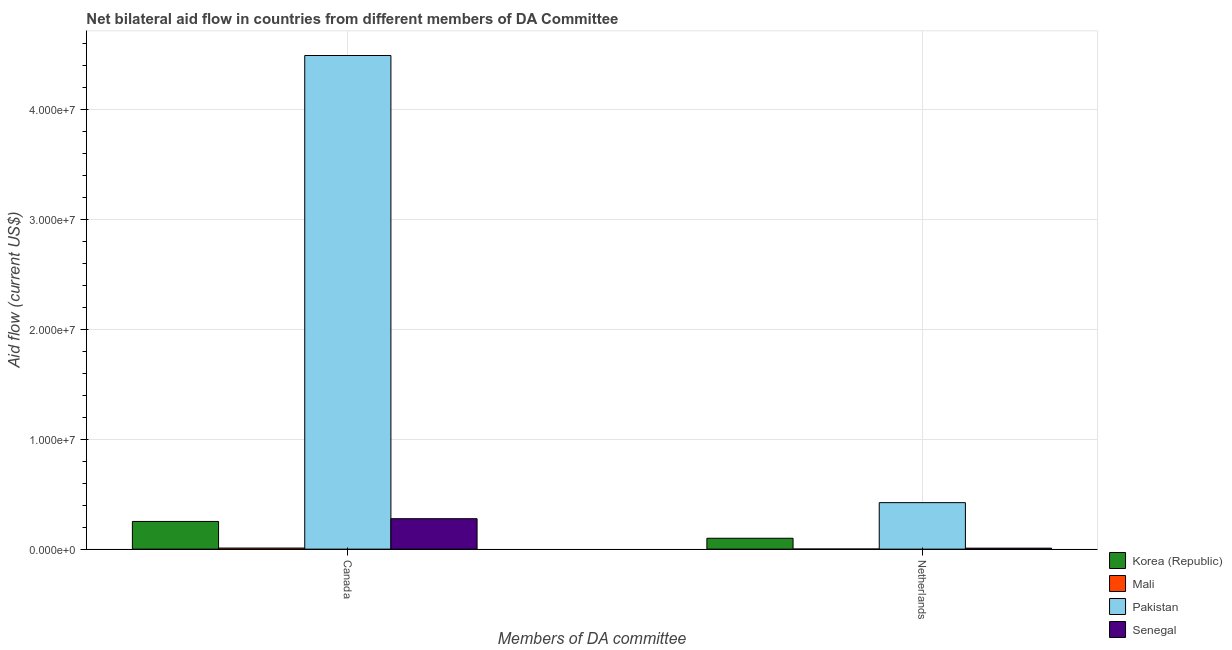
| Members of DA committee | Korea (Republic) | Mali | Pakistan | Senegal |
 | --- | --- | --- | --- | --- |
 | Canada | 2.52e+06 | 1e+05 | 4.49e+07 | 2.77e+06 |
 | Netherlands | 9.9e+05 | 1e+04 | 4.23e+06 | 9e+04 |